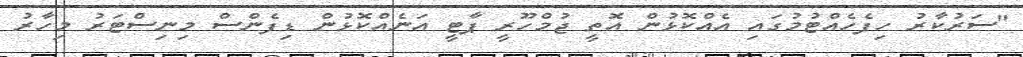
"ސަރުކާރު ހިފެހެއްޓުމުގައި އެއްކޮޅުން އޮތީ ޖުމްހޫރީ ޕާޓީ އަނެއްކޮޅުން ޑިފެންސް މިނިސްޓަރު މިހާރު